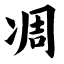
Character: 凋